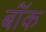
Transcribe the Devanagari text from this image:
बॉंक